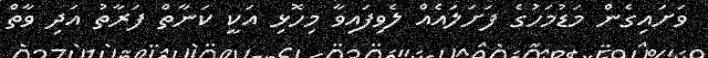
ވަށައިގެން މަޑުމަހުގެ ފަށަލައެއް ލެވިފައިވާ މިހޮޅި އަކީ ކަނާތް ފަރާތު އަދި ވާތް